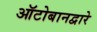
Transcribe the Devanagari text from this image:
ऑटोबानद्वारे